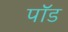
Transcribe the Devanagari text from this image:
पाॅॅड